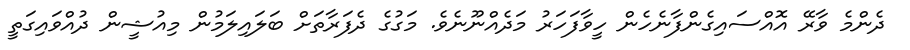
ދެންމެ ވާރޭ އޮއްސައިގެންފާނެހެން ހީވާފަހަރު މަދެއްނޫނެވެ. މަގުގެ ދެފަރާތަށް ބަލައިލަމުން މިއުޝީން ދުއްވައިގަތީ